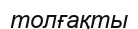
толғақты